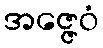
အဇ္ဇေဝံ